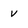
Character: v